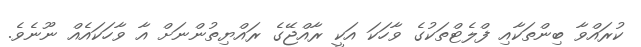
ކުރައްވާ ބިންތަކާއި ފްލެޓްތަކުގެ ވާހަކަ އަކީ ރާއްޖޭގެ ރައްޔިތުންނަށް އާ ވާހަކައެއް ނޫނެވެ.